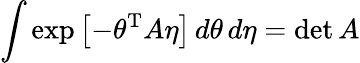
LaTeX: \int\exp\left[-\theta^{\mathrm{{T}}}A\eta\right]\, d\theta\, d\eta=\operatorname*{det}A